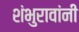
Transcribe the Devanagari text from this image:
शंभुरावांनी